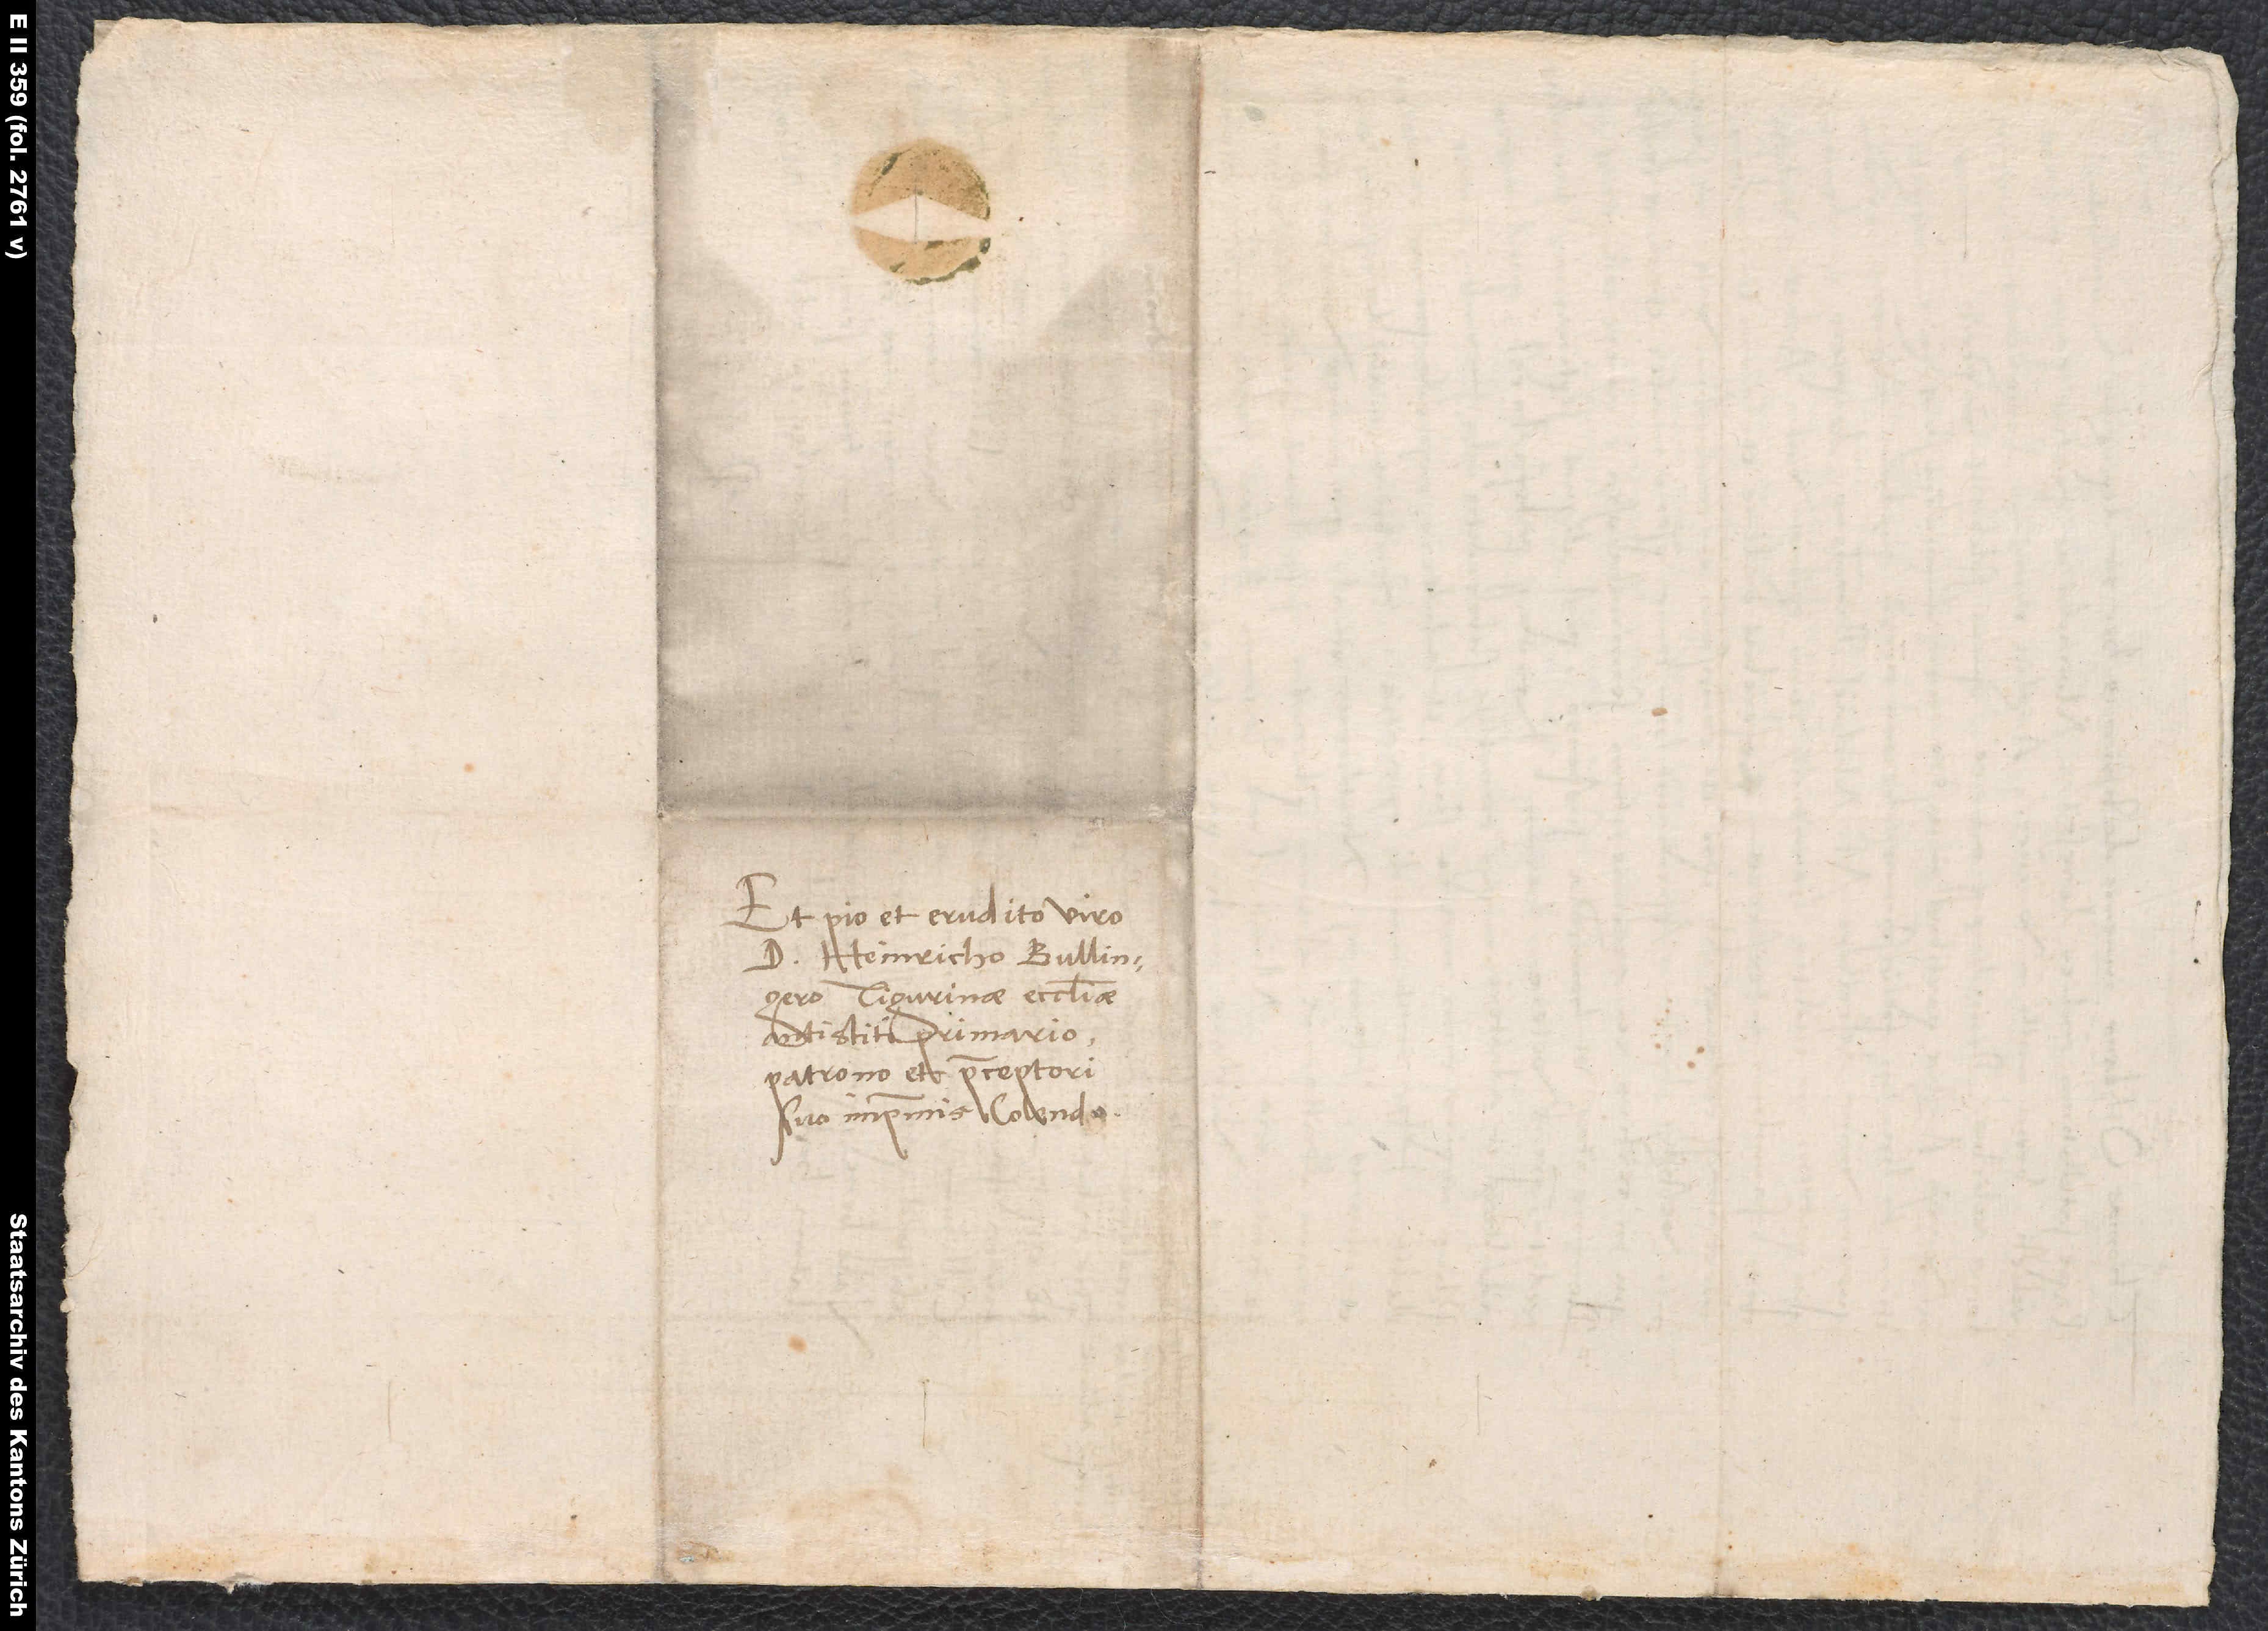
Et pio et erudito viro
d. Heinricho Bullingero,
Tigurinae ecclesiae
antistiti primario,
patrono et praeceptori
suo imprimis colendo.